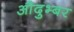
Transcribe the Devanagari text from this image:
औदुभ्बर